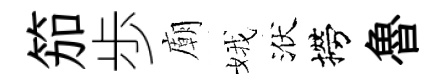
笳歩廟娥洑撈魯